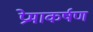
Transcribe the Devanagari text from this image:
प्रेमाकर्षण